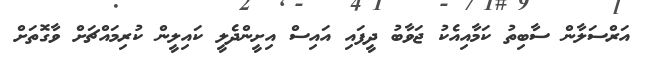
އަރްސަލާން ސާބިތު ކަމާއިއެކު ޖަވާބު ދީފައި އައިސް އިށީންދެލީ ކައިލީން ކުރިމައްޗަށް ވާގޮތަށް